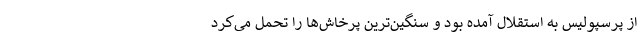
از پرسپولیس به استقلال آمده بود و سنگین‌ترین پرخاش‌ها را تحمل می‌کرد